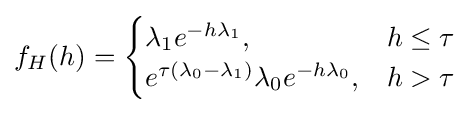
f_{H}(h)={\begin{cases}\lambda _{1}e^{-h\lambda _{1}},&h\leq \tau \\e^{\tau (\lambda _{0}-\lambda _{1})}\lambda _{0}e^{-h\lambda _{0}},&h>\tau \end{cases}}